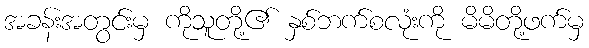
အခန်းအတွင်းမှ ကိုသူတို့၏ နှစ်ဘက်စလုံးကို မိမိတို့ဖက်မှ